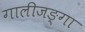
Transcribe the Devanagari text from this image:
गालीजङ्गा